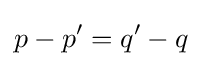
p-p'=q'-q